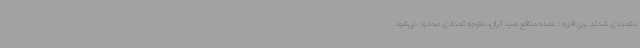
متعددی شدند. وی افزود: عمده منافع صید ترال، متوجه تعدادی محدود می‌شود.